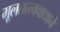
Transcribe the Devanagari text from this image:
मूलतत्त्ववाद्याने